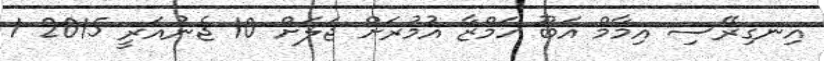
އިނގިރޭސި އިމާމް އަބޫ ހަމްޒާ އުމުރަށް ޖަލަށް 10 ޖެނުއަރީ 2015 1